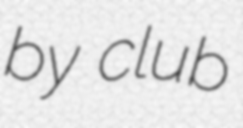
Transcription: by club